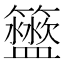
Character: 𥷟